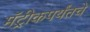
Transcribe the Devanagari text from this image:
मॅट्रीकपर्यंतचे